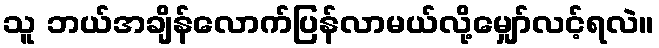
သူ ဘယ်အချိန်လောက်ပြန်လာမယ်လို့မျှော်လင့်ရလဲ။